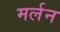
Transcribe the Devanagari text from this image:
मर्लन